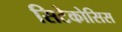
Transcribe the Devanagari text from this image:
सिटेकोसिस